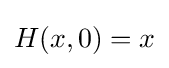
{\textstyle H(x,0)=x}